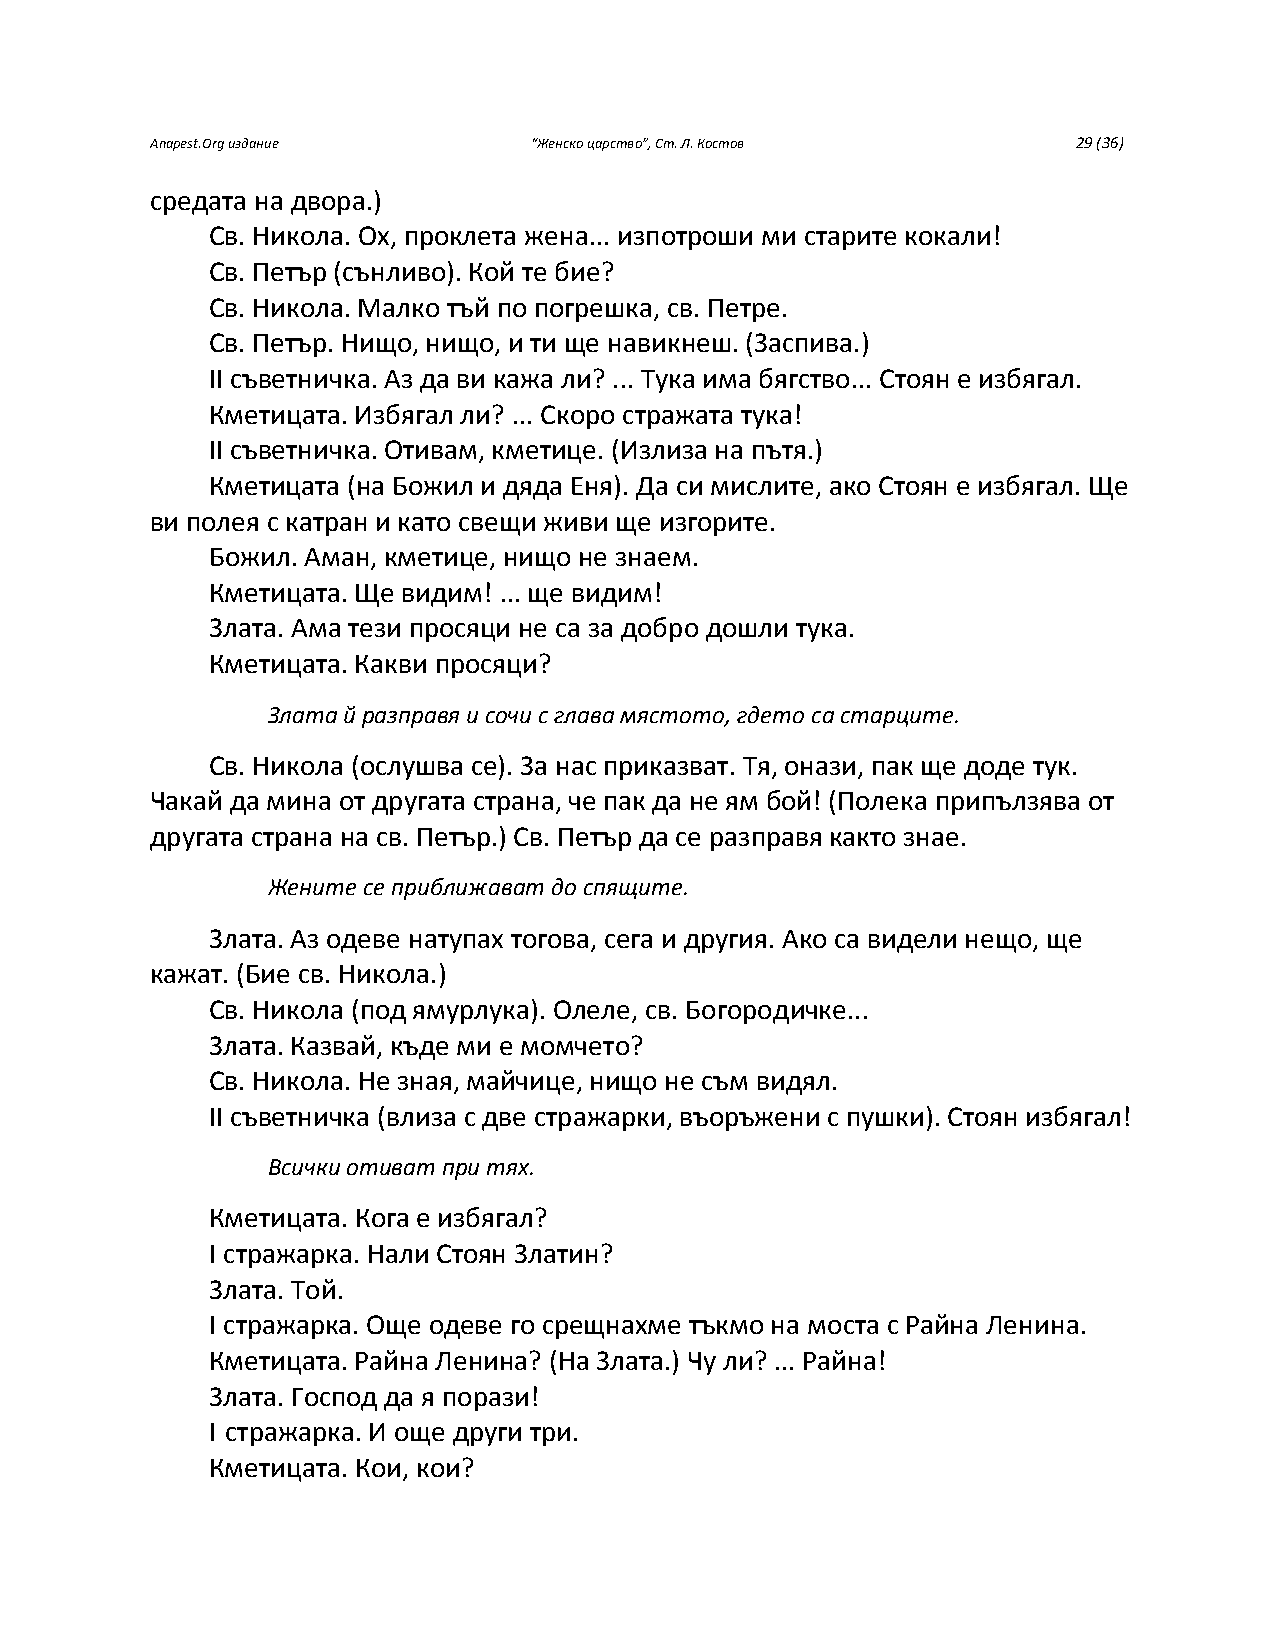
Anapest.Org издание      “Женско царство”, Ст. Л. Костов     29 (36)
 средата на двора.)
 Св. Никола. Ох, проклета жена... изпотроши ми старите кокали!
 Св. Петър (сънливо). Кой те бие?
 Св. Никола. Малко тъй по погрешка, св. Петре.
 Св. Петър. Нищо, нищо, и ти ще навикнеш. (Заспива.)
 II съветничка. Аз да ви кажа ли? ... Тука има бягство... Стоян е избягал.
 Кметицата. Избягал ли? ... Скоро стражата тука!
 II съветничка. Отивам, кметице. (Излиза на пътя.)
 Кметицата (на Божил и дяда Еня). Да си мислите, ако Стоян е избягал. Ще
 ви полея с катран и като свещи живи ще изгорите.
 Божил. Аман, кметице, нищо не знаем.
 Кметицата. Ще видим! ... ще видим!
 Злата. Ама тези просяци не са за добро дошли тука.
 Кметицата. Какви просяци?
 Злата й разправя и сочи с глава мястото, гдето са старците.
 Св. Никола (ослушва се). За нас приказват. Тя, онази, пак ще доде тук.
 Чакай да мина от другата страна, че пак да не ям бой! (Полека припълзява от
 другата страна на св. Петър.) Св. Петър да се разправя както знае.
 Жените се приближават до спящите.
 Злата. Аз одеве натупах тогова, сега и другия. Ако са видели нещо, ще
 кажат. (Бие св. Никола.)
 Св. Никола (под ямурлука). Олеле, св. Богородичке...
 Злата. Казвай, къде ми е момчето?
 Св. Никола. Не зная, майчице, нищо не съм видял.
 II съветничка (влиза с две стражарки, въоръжени с пушки). Стоян избягал!
 Всички отиват при тях.
 Кметицата. Кога е избягал?
 I стражарка. Нали Стоян Златин?
 Злата. Той.
 I стражарка. Още одеве го срещнахме тъкмо на моста с Райна Ленина.
 Кметицата. Райна Ленина? (На Злата.) Чу ли? ... Райна!
 Злата. Господ да я порази!
 I стражарка. И още други три.
 Кметицата. Кои, кои?